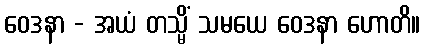
ဝေဒနာ - အယံ တသ္မိံ သမယေ ဝေဒနာ ဟောတိ။